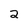
Character: 2